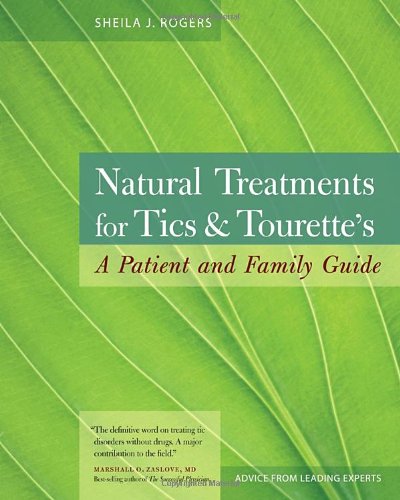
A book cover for Natural Treatments for Tics and Tourette's: A Patient and Family Guide; Sheila Rogers DeMare; Health, Fitness & Dieting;